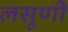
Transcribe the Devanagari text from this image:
लसूणी